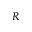
R